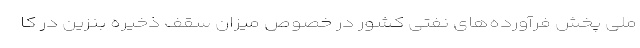
ملی پخش فرآورده‌های نفتی کشور در خصوص میزان سقف ذخیره بنزین در کا